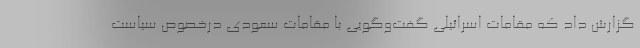
گزارش داد که مقامات اسرائیلی گفت‌وگویی با مقامات سعودی درخصوص سیاست